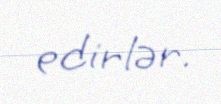
edirlər.